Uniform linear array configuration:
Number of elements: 64
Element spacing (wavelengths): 0.75
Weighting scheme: hann
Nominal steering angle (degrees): -15
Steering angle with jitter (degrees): -14.996
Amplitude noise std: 0.05
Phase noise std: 0.05

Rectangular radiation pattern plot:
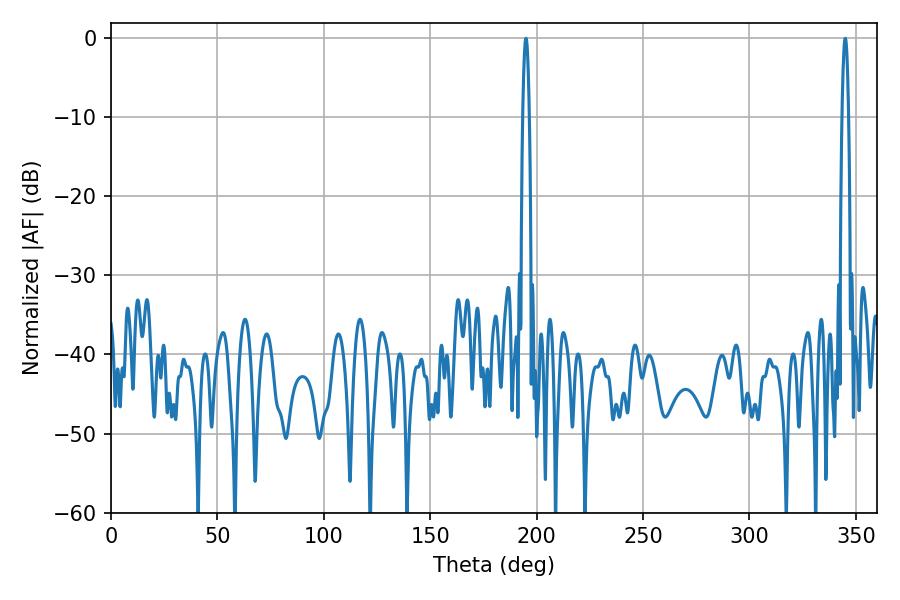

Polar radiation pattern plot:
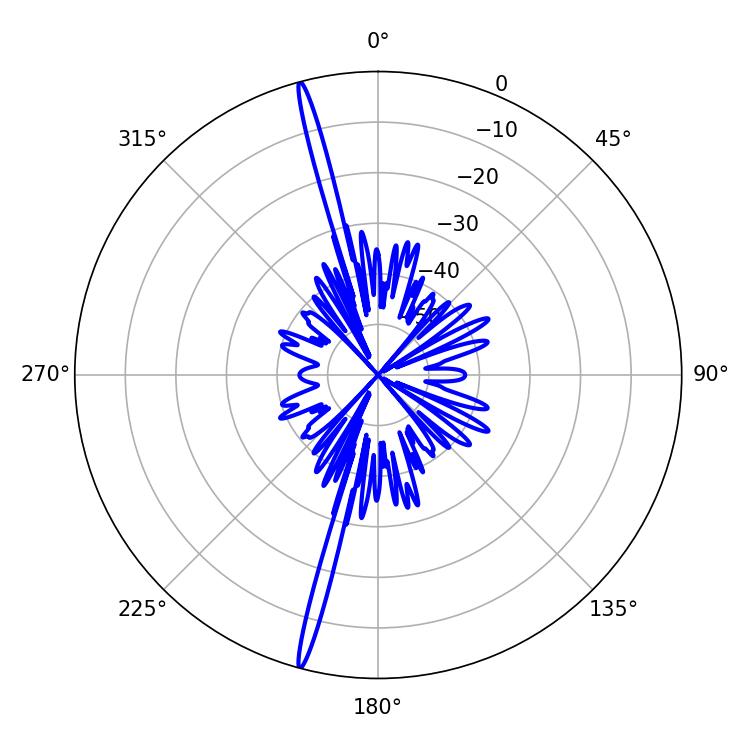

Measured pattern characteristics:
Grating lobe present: TRUE
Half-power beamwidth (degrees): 1.62
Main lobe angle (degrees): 194.94